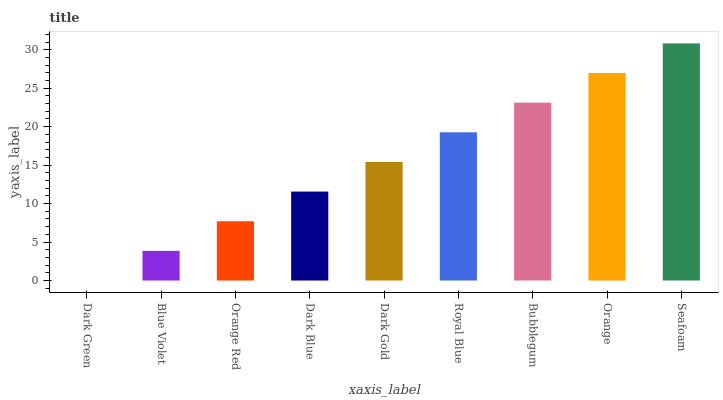
| xaxis_label | bars |
 | --- | --- |
 | Dark Green | 0 |
 | Blue Violet | 3.85 |
 | Orange Red | 7.71 |
 | Dark Blue | 11.6 |
 | Dark Gold | 15.4 |
 | Royal Blue | 19.3 |
 | Bubblegum | 23.1 |
 | Orange | 27 |
 | Seafoam | 30.8 |